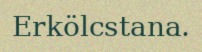
Erkölcstana.